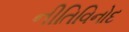
નીતિવિનોદ